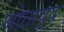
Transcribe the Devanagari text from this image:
श्रोतावृंद